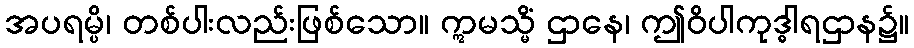
အပရမ္ပိ၊ တစ်ပါးလည်းဖြစ်သော။ ဣမသ္မိံ ဌာနေ၊ ဤဝိပါကုဒ္ဓါရဌာန၌။